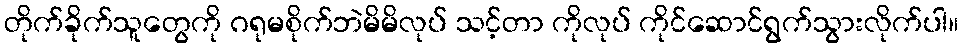
တိုက်ခိုက်သူတွေကို ဂရုမစိုက်ဘဲမိမိလုပ် သင့်တာ ကိုလုပ် ကိုင်ဆောင်ရွက်သွားလိုက်ပါ။